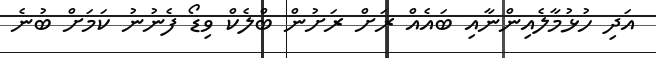
އަދި ހުޅުމާލެއިންނާއި ބައެއް ރަށް ރަށުން ބްލެކް ވިޑޯ ފެނުނު ކަމަށް ބުނެ